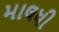
માલધી